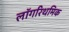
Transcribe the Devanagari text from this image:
लॉगरिथमिक